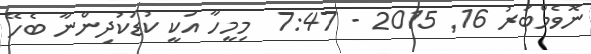
ނޮވެމްބަރު 16